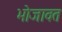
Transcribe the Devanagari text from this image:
भोजावत